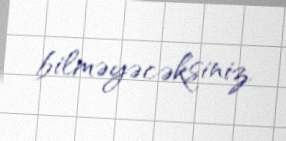
bilməyəcəksiniz.